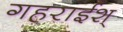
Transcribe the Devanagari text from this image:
गहराईश्